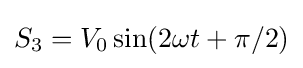
S_{3}=V_{0}\sin(2\omega t+{\pi /2})